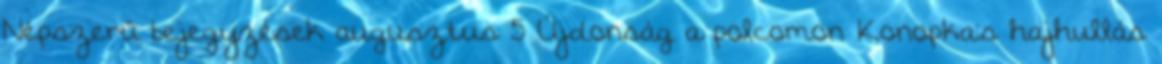
Népszerű bejegyzések augusztus 5 Újdonság a polcomon Konopka's hajhullás